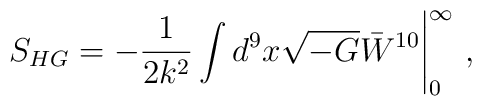
S_{HG}=-\frac{1}{2k^{2}}\int d^{9}x \sqrt{-G}\bar{W}^{10}\Bigg|_{0}^{\infty}\ ,